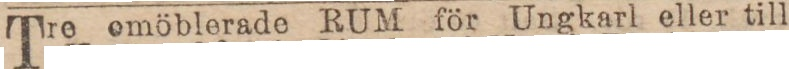
Tre omöblerade RUM för Ungkarl eller till